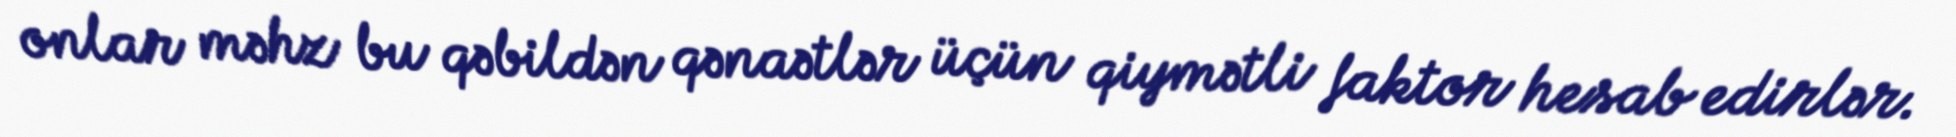
onlar məhz bu qəbildən qənaətlər üçün qiymətli faktor hesab edirlər.